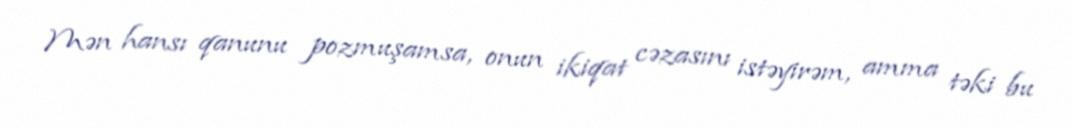
Mən hansı qanunu pozmuşamsa, onun ikiqat cəzasını istəyirəm, amma təki bu